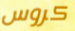
كروس